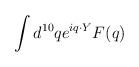
LaTeX: \begin{align*}\int d^{10} q e^{iq\cdot Y} F(q)\end{align*}